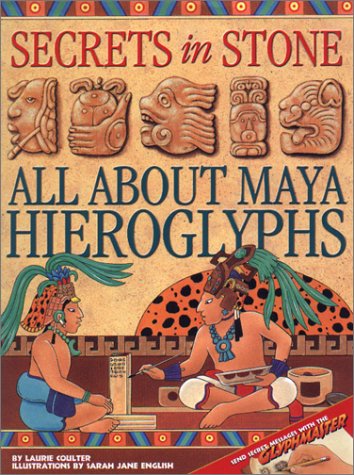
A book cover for Secrets in Stone: All About Maya Hieroglyphs; Laurie Coulter; Children's Books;